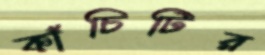
কাঁচিটির